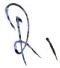
Text: R1